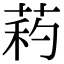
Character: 𦱜